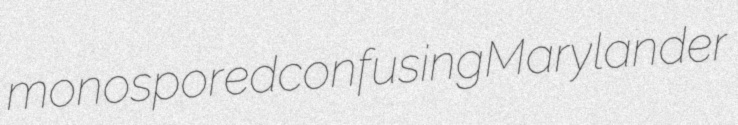
monospored confusing Marylander